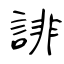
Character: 誹